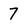
Character: 7